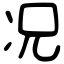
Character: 况